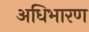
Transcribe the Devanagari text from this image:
अधिभारण